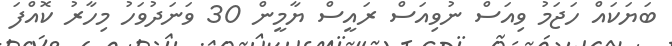
ބަޔަކައް ހަޖަމު ވިއަސް ނުވިއަސް ރައީސް ޔާމީން 30 ވަނަދުވަހު މިހާރު ކޮއްފަ